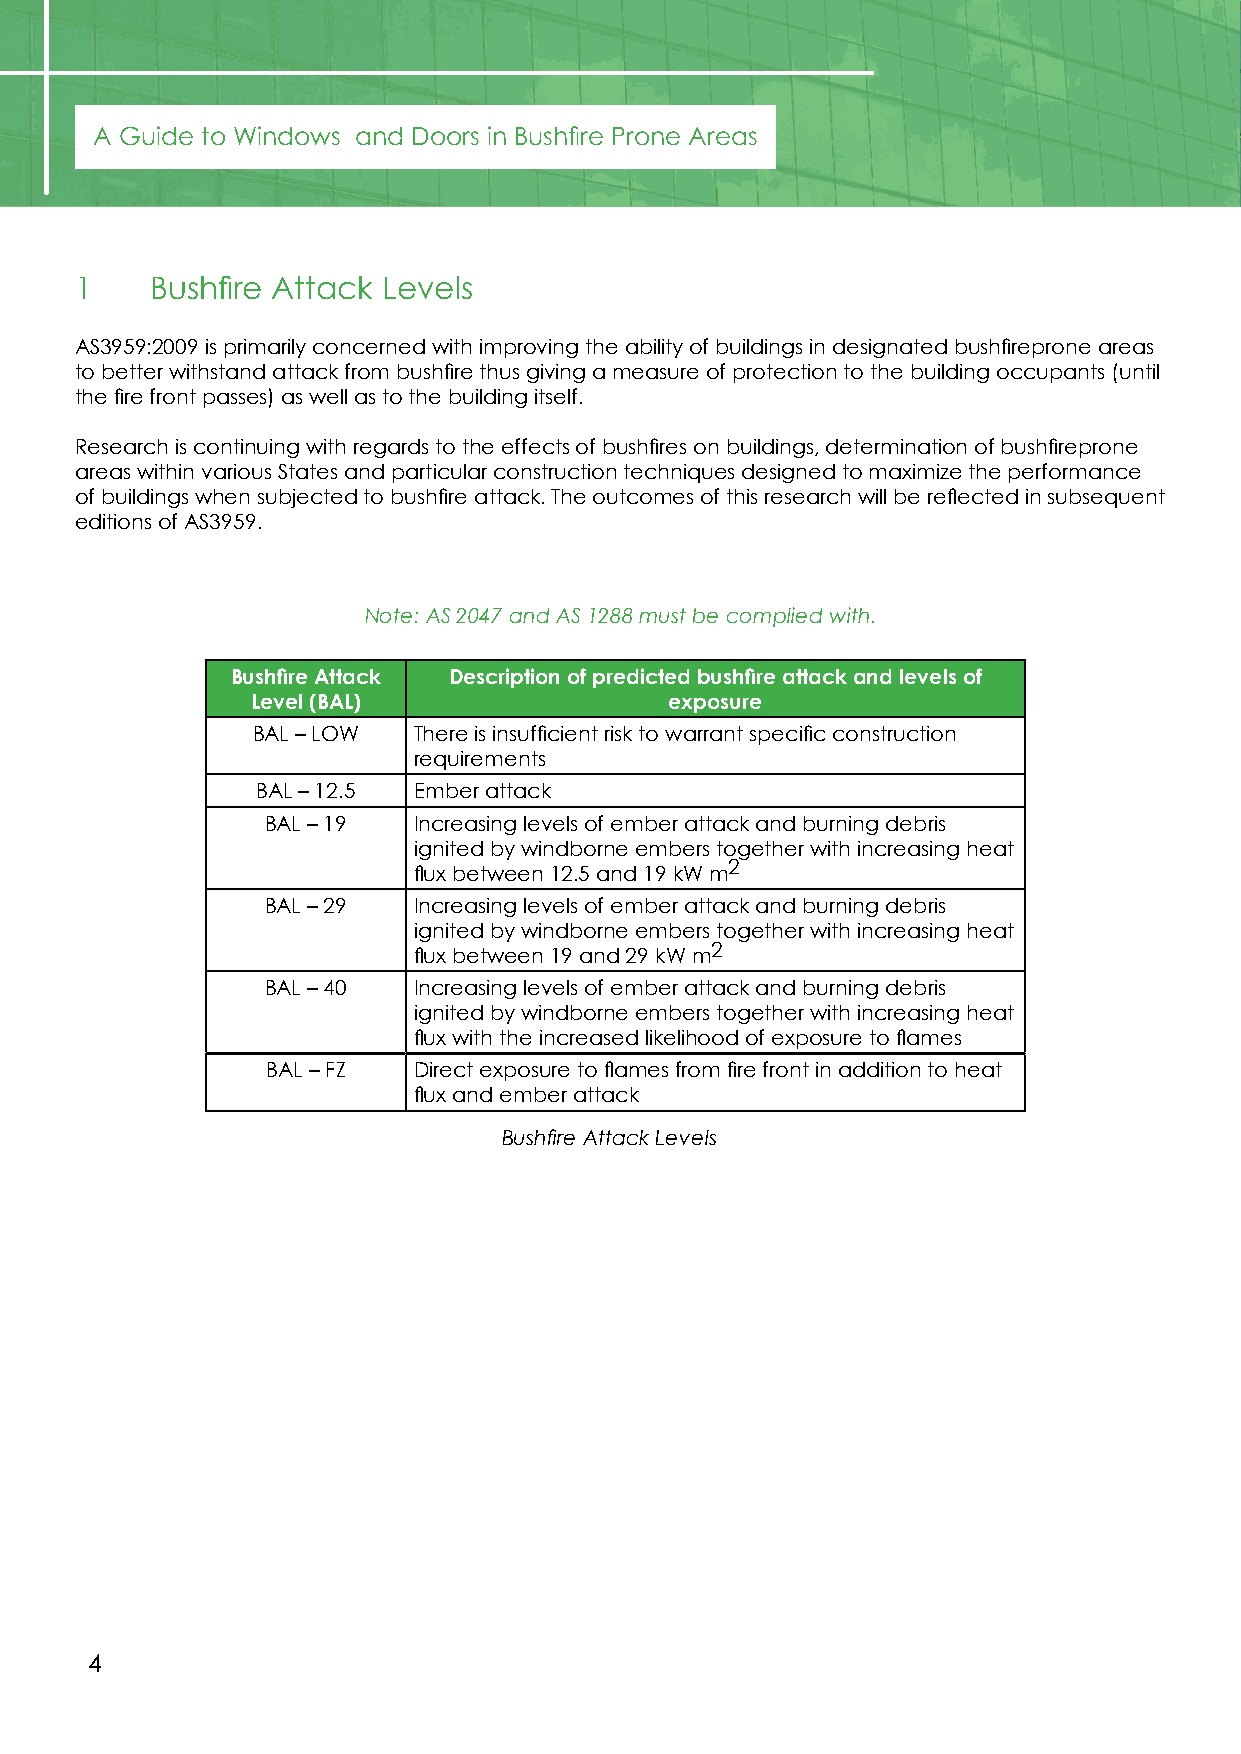
A Guide to Windows and Doors in Bushfire Prone Areas
 1    Bushfire Attack Levels
 AS3959:2009 is primarily concerned with improving the ability of buildings in designated bushfireprone areas
 to better withstand attack from bushfire thus giving a measure of protection to the building occupants (until
 the fire front passes) as well as to the building itself.
 Research is continuing with regards to the effects of bushfires on buildings, determination of bushfireprone
 areas within various States and particular construction techniques designed to maximize the performance
 of buildings when subjected to bushfire attack. The outcomes of this research will be reflected in subsequent
 editions of AS3959.
 Note: AS 2047 and AS 1288 must be complied with.
 Bushfire Attack Description of predicted bushfire attack and levels of
 Level (BAL)                exposure
 BAL – LOW There is insufficient risk to warrant specific construction
 requirements
 BAL – 12.5 Ember attack
 BAL – 19 Increasing levels of ember attack and burning debris
 ignited by windborne embers together with increasing heat
 flux between 12.5 and 19 kW m2
 BAL – 29 Increasing levels of ember attack and burning debris
 ignited by windborne embers together with increasing heat
 flux between 19 and 29 kW m2
 BAL – 40 Increasing levels of ember attack and burning debris
 ignited by windborne embers together with increasing heat
 flux with the increased likelihood of exposure to flames
 BAL – FZ Direct exposure to flames from fire front in addition to heat
 flux and ember attack
 Bushfire Attack Levels
 4